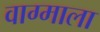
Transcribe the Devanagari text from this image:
वाग्माला